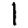
Digit: 1